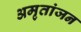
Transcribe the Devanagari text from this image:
अमृतांजन